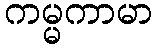
ကမ္မကာမာ